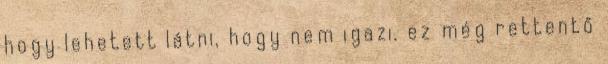
hogy lehetett látni, hogy nem igazi. ez még rettentő